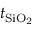
t _ { \mathrm { S i O _ { 2 } } }